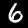
Digit: 6